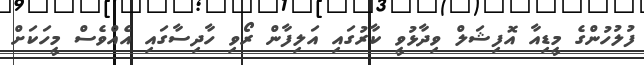
ފުލުހުންގެ މީޑިއާ އޮފިޝަލް ވިދާޅުވީ ކާރުގައި އަލިފާން ރޯވި ހާދިސާގައި އެއްވެސް މީހަކަށް